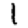
Digit: 1